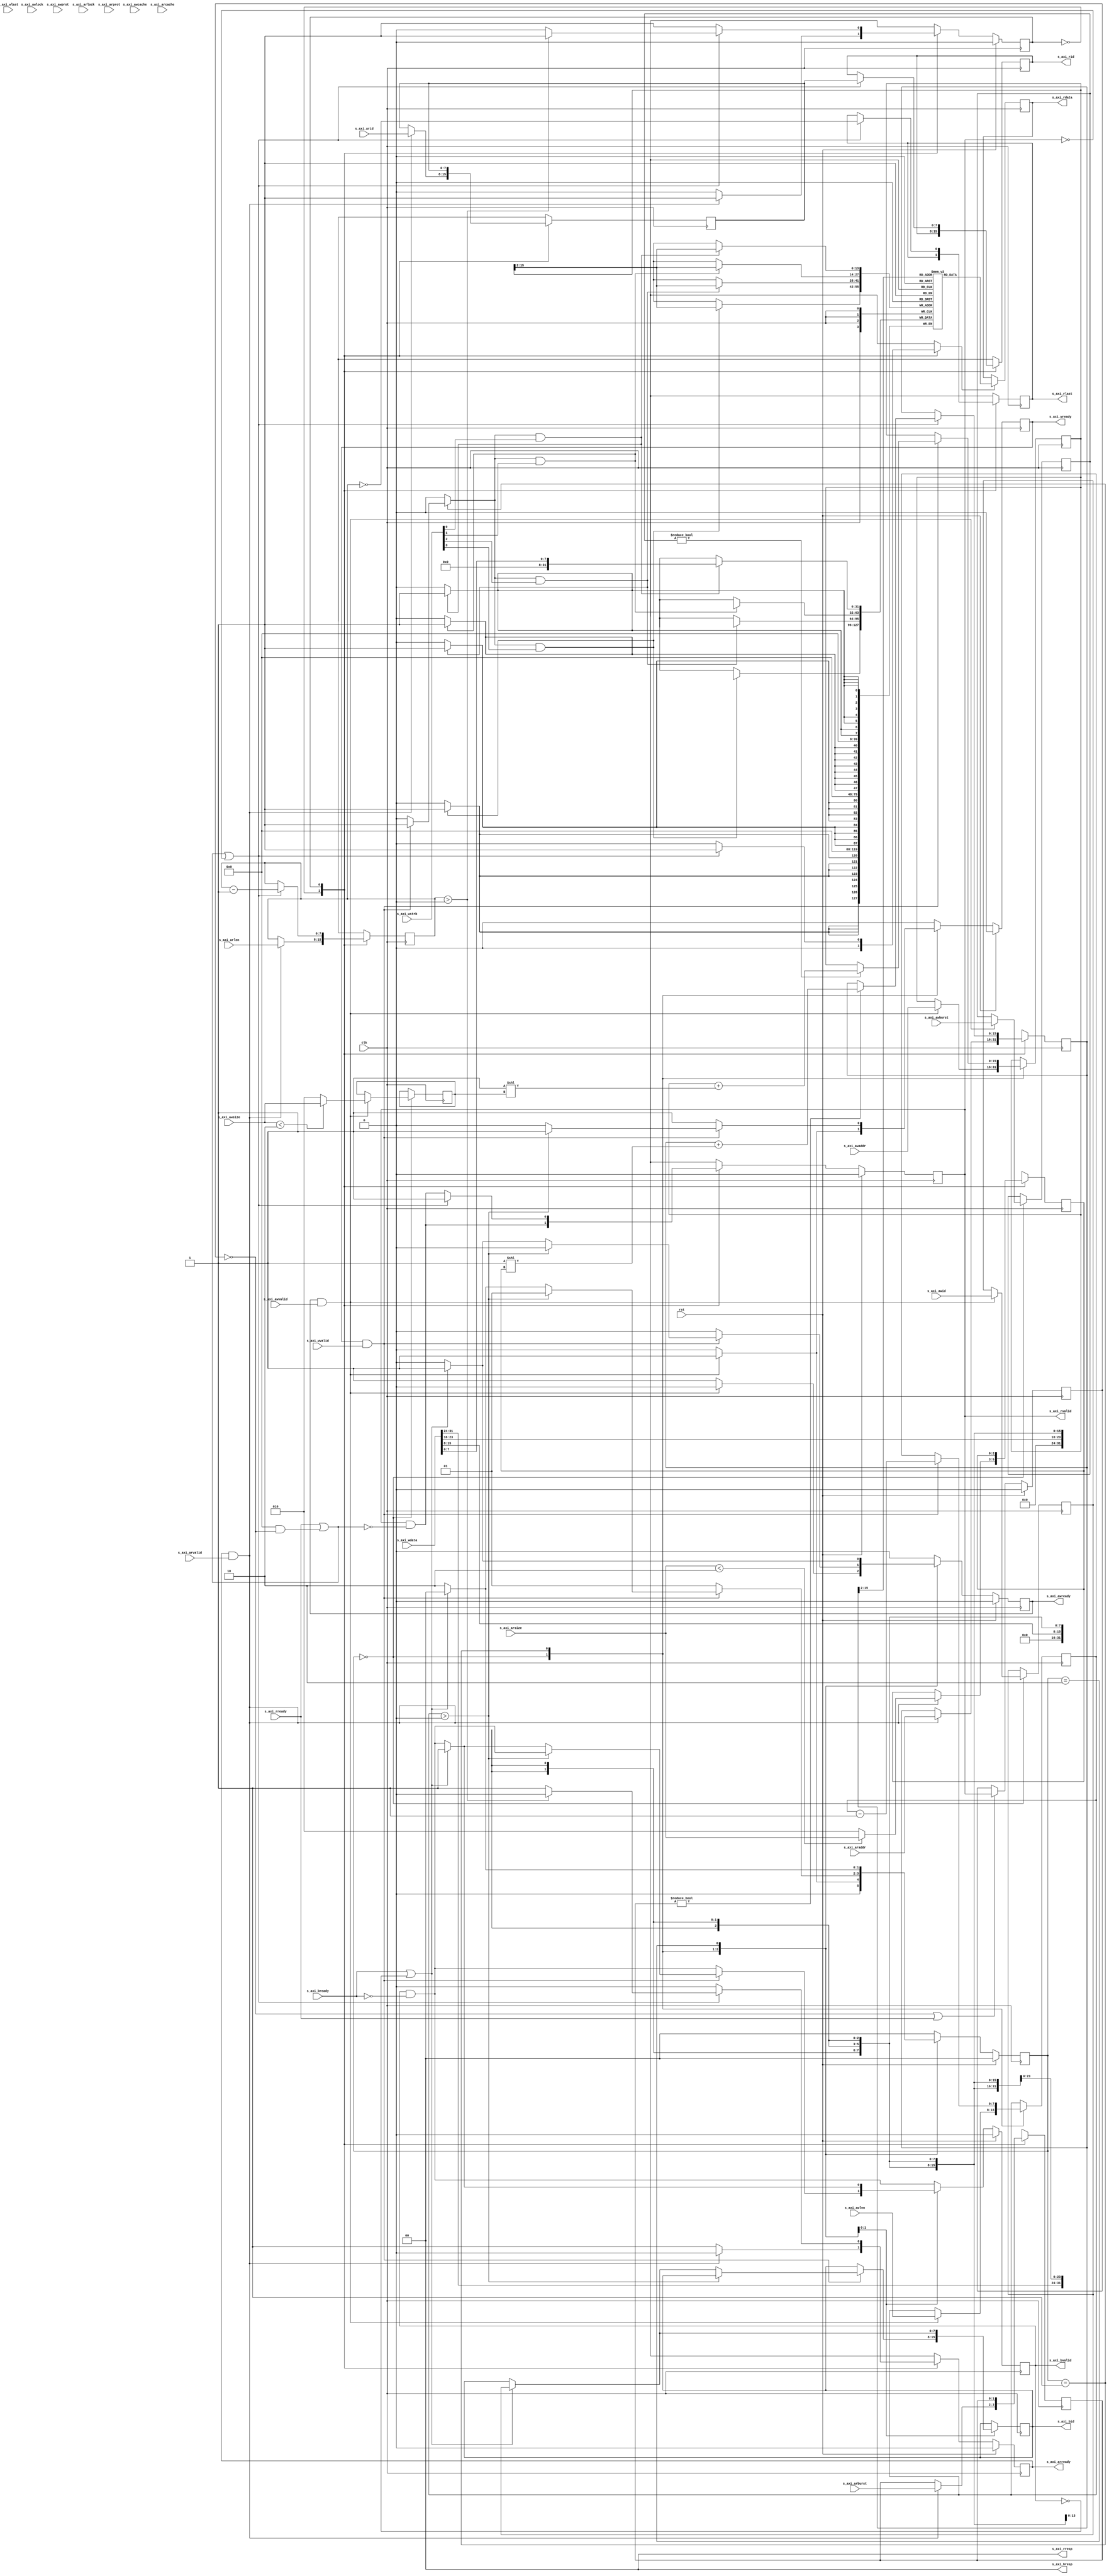
// This program was cloned from: https://github.com/YosysHQ/riscv-formal
// License: ISC License

// Modified to comment out the timescale directive
/*

Copyright (c) 2018 Alex Forencich

Permission is hereby granted, free of charge, to any person obtaining a copy
of this software and associated documentation files (the "Software"), to deal
in the Software without restriction, including without limitation the rights
to use, copy, modify, merge, publish, distribute, sublicense, and/or sell
copies of the Software, and to permit persons to whom the Software is
furnished to do so, subject to the following conditions:

The above copyright notice and this permission notice shall be included in
all copies or substantial portions of the Software.

THE SOFTWARE IS PROVIDED "AS IS", WITHOUT WARRANTY OF ANY KIND, EXPRESS OR
IMPLIED, INCLUDING BUT NOT LIMITED TO THE WARRANTIES OF MERCHANTABILITY
FITNESS FOR A PARTICULAR PURPOSE AND NONINFRINGEMENT. IN NO EVENT SHALL THE
AUTHORS OR COPYRIGHT HOLDERS BE LIABLE FOR ANY CLAIM, DAMAGES OR OTHER
LIABILITY, WHETHER IN AN ACTION OF CONTRACT, TORT OR OTHERWISE, ARISING FROM,
OUT OF OR IN CONNECTION WITH THE SOFTWARE OR THE USE OR OTHER DEALINGS IN
THE SOFTWARE.

*/

// Language: Verilog 2001

`resetall
// `timescale 1ns / 1ps
`default_nettype none

/*
 * AXI4 RAM
 */
module axi_ram #
(
    // Width of data bus in bits
    parameter DATA_WIDTH = 32,
    // Width of address bus in bits
    parameter ADDR_WIDTH = 16,
    // Width of wstrb (width of data bus in words)
    parameter STRB_WIDTH = (DATA_WIDTH/8),
    // Width of ID signal
    parameter ID_WIDTH = 8,
    // Extra pipeline register on output
    parameter PIPELINE_OUTPUT = 0
)
(
    input  wire                   clk,
    input  wire                   rst,

    input  wire [ID_WIDTH-1:0]    s_axi_awid,
    input  wire [ADDR_WIDTH-1:0]  s_axi_awaddr,
    input  wire [7:0]             s_axi_awlen,
    input  wire [2:0]             s_axi_awsize,
    input  wire [1:0]             s_axi_awburst,
    input  wire                   s_axi_awlock,
    input  wire [3:0]             s_axi_awcache,
    input  wire [2:0]             s_axi_awprot,
    input  wire                   s_axi_awvalid,
    output wire                   s_axi_awready,
    input  wire [DATA_WIDTH-1:0]  s_axi_wdata,
    input  wire [STRB_WIDTH-1:0]  s_axi_wstrb,
    input  wire                   s_axi_wlast,
    input  wire                   s_axi_wvalid,
    output wire                   s_axi_wready,
    output wire [ID_WIDTH-1:0]    s_axi_bid,
    output wire [1:0]             s_axi_bresp,
    output wire                   s_axi_bvalid,
    input  wire                   s_axi_bready,
    input  wire [ID_WIDTH-1:0]    s_axi_arid,
    input  wire [ADDR_WIDTH-1:0]  s_axi_araddr,
    input  wire [7:0]             s_axi_arlen,
    input  wire [2:0]             s_axi_arsize,
    input  wire [1:0]             s_axi_arburst,
    input  wire                   s_axi_arlock,
    input  wire [3:0]             s_axi_arcache,
    input  wire [2:0]             s_axi_arprot,
    input  wire                   s_axi_arvalid,
    output wire                   s_axi_arready,
    output wire [ID_WIDTH-1:0]    s_axi_rid,
    output wire [DATA_WIDTH-1:0]  s_axi_rdata,
    output wire [1:0]             s_axi_rresp,
    output wire                   s_axi_rlast,
    output wire                   s_axi_rvalid,
    input  wire                   s_axi_rready
);

parameter VALID_ADDR_WIDTH = ADDR_WIDTH - $clog2(STRB_WIDTH);
parameter WORD_WIDTH = STRB_WIDTH;
parameter WORD_SIZE = DATA_WIDTH/WORD_WIDTH;

// bus width assertions
initial begin
    if (WORD_SIZE * STRB_WIDTH != DATA_WIDTH) begin
        $error("Error: AXI data width not evenly divisble (instance %m)");
        $finish;
    end

    if (2**$clog2(WORD_WIDTH) != WORD_WIDTH) begin
        $error("Error: AXI word width must be even power of two (instance %m)");
        $finish;
    end
end

localparam [0:0]
    READ_STATE_IDLE = 1'd0,
    READ_STATE_BURST = 1'd1;

reg [0:0] read_state_reg = READ_STATE_IDLE, read_state_next;

localparam [1:0]
    WRITE_STATE_IDLE = 2'd0,
    WRITE_STATE_BURST = 2'd1,
    WRITE_STATE_RESP = 2'd2;

reg [1:0] write_state_reg = WRITE_STATE_IDLE, write_state_next;

reg mem_wr_en;
reg mem_rd_en;

reg [ID_WIDTH-1:0] read_id_reg = {ID_WIDTH{1'b0}}, read_id_next;
reg [ADDR_WIDTH-1:0] read_addr_reg = {ADDR_WIDTH{1'b0}}, read_addr_next;
reg [7:0] read_count_reg = 8'd0, read_count_next;
reg [2:0] read_size_reg = 3'd0, read_size_next;
reg [1:0] read_burst_reg = 2'd0, read_burst_next;
reg [ID_WIDTH-1:0] write_id_reg = {ID_WIDTH{1'b0}}, write_id_next;
reg [ADDR_WIDTH-1:0] write_addr_reg = {ADDR_WIDTH{1'b0}}, write_addr_next;
reg [7:0] write_count_reg = 8'd0, write_count_next;
reg [2:0] write_size_reg = 3'd0, write_size_next;
reg [1:0] write_burst_reg = 2'd0, write_burst_next;

reg s_axi_awready_reg = 1'b0, s_axi_awready_next;
reg s_axi_wready_reg = 1'b0, s_axi_wready_next;
reg [ID_WIDTH-1:0] s_axi_bid_reg = {ID_WIDTH{1'b0}}, s_axi_bid_next;
reg s_axi_bvalid_reg = 1'b0, s_axi_bvalid_next;
reg s_axi_arready_reg = 1'b0, s_axi_arready_next;
reg [ID_WIDTH-1:0] s_axi_rid_reg = {ID_WIDTH{1'b0}}, s_axi_rid_next;
reg [DATA_WIDTH-1:0] s_axi_rdata_reg = {DATA_WIDTH{1'b0}}, s_axi_rdata_next;
reg s_axi_rlast_reg = 1'b0, s_axi_rlast_next;
reg s_axi_rvalid_reg = 1'b0, s_axi_rvalid_next;
reg [ID_WIDTH-1:0] s_axi_rid_pipe_reg = {ID_WIDTH{1'b0}};
reg [DATA_WIDTH-1:0] s_axi_rdata_pipe_reg = {DATA_WIDTH{1'b0}};
reg s_axi_rlast_pipe_reg = 1'b0;
reg s_axi_rvalid_pipe_reg = 1'b0;

// (* RAM_STYLE="BLOCK" *)
reg [DATA_WIDTH-1:0] mem[(2**VALID_ADDR_WIDTH)-1:0];

wire [VALID_ADDR_WIDTH-1:0] s_axi_awaddr_valid = s_axi_awaddr >> (ADDR_WIDTH - VALID_ADDR_WIDTH);
wire [VALID_ADDR_WIDTH-1:0] s_axi_araddr_valid = s_axi_araddr >> (ADDR_WIDTH - VALID_ADDR_WIDTH);
wire [VALID_ADDR_WIDTH-1:0] read_addr_valid = read_addr_reg >> (ADDR_WIDTH - VALID_ADDR_WIDTH);
wire [VALID_ADDR_WIDTH-1:0] write_addr_valid = write_addr_reg >> (ADDR_WIDTH - VALID_ADDR_WIDTH);

assign s_axi_awready = s_axi_awready_reg;
assign s_axi_wready = s_axi_wready_reg;
assign s_axi_bid = s_axi_bid_reg;
assign s_axi_bresp = 2'b00;
assign s_axi_bvalid = s_axi_bvalid_reg;
assign s_axi_arready = s_axi_arready_reg;
assign s_axi_rid = PIPELINE_OUTPUT ? s_axi_rid_pipe_reg : s_axi_rid_reg;
assign s_axi_rdata = PIPELINE_OUTPUT ? s_axi_rdata_pipe_reg : s_axi_rdata_reg;
assign s_axi_rresp = 2'b00;
assign s_axi_rlast = PIPELINE_OUTPUT ? s_axi_rlast_pipe_reg : s_axi_rlast_reg;
assign s_axi_rvalid = PIPELINE_OUTPUT ? s_axi_rvalid_pipe_reg : s_axi_rvalid_reg;

integer i, j;

initial begin
    // two nested loops for smaller number of iterations per loop
    // workaround for synthesizer complaints about large loop counts
    for (i = 0; i < 2**VALID_ADDR_WIDTH; i = i + 2**(VALID_ADDR_WIDTH/2)) begin
        for (j = i; j < i + 2**(VALID_ADDR_WIDTH/2); j = j + 1) begin
            mem[j] = 0;
        end
    end
end

always @* begin
    write_state_next = WRITE_STATE_IDLE;

    mem_wr_en = 1'b0;

    write_id_next = write_id_reg;
    write_addr_next = write_addr_reg;
    write_count_next = write_count_reg;
    write_size_next = write_size_reg;
    write_burst_next = write_burst_reg;

    s_axi_awready_next = 1'b0;
    s_axi_wready_next = 1'b0;
    s_axi_bid_next = s_axi_bid_reg;
    s_axi_bvalid_next = s_axi_bvalid_reg && !s_axi_bready;

    case (write_state_reg)
        WRITE_STATE_IDLE: begin
            s_axi_awready_next = 1'b1;

            if (s_axi_awready && s_axi_awvalid) begin
                write_id_next = s_axi_awid;
                write_addr_next = s_axi_awaddr;
                write_count_next = s_axi_awlen;
                write_size_next = s_axi_awsize < $clog2(STRB_WIDTH) ? s_axi_awsize : $clog2(STRB_WIDTH);
                write_burst_next = s_axi_awburst;

                s_axi_awready_next = 1'b0;
                s_axi_wready_next = 1'b1;
                write_state_next = WRITE_STATE_BURST;
            end else begin
                write_state_next = WRITE_STATE_IDLE;
            end
        end
        WRITE_STATE_BURST: begin
            s_axi_wready_next = 1'b1;

            if (s_axi_wready && s_axi_wvalid) begin
                mem_wr_en = 1'b1;
                if (write_burst_reg != 2'b00) begin
                    write_addr_next = write_addr_reg + (1 << write_size_reg);
                end
                write_count_next = write_count_reg - 1;
                if (write_count_reg > 0) begin
                    write_state_next = WRITE_STATE_BURST;
                end else begin
                    s_axi_wready_next = 1'b0;
                    if (s_axi_bready || !s_axi_bvalid) begin
                        s_axi_bid_next = write_id_reg;
                        s_axi_bvalid_next = 1'b1;
                        s_axi_awready_next = 1'b1;
                        write_state_next = WRITE_STATE_IDLE;
                    end else begin
                        write_state_next = WRITE_STATE_RESP;
                    end
                end
            end else begin
                write_state_next = WRITE_STATE_BURST;
            end
        end
        WRITE_STATE_RESP: begin
            if (s_axi_bready || !s_axi_bvalid) begin
                s_axi_bid_next = write_id_reg;
                s_axi_bvalid_next = 1'b1;
                s_axi_awready_next = 1'b1;
                write_state_next = WRITE_STATE_IDLE;
            end else begin
                write_state_next = WRITE_STATE_RESP;
            end
        end
    endcase
end

always @(posedge clk) begin
    write_state_reg <= write_state_next;

    write_id_reg <= write_id_next;
    write_addr_reg <= write_addr_next;
    write_count_reg <= write_count_next;
    write_size_reg <= write_size_next;
    write_burst_reg <= write_burst_next;

    s_axi_awready_reg <= s_axi_awready_next;
    s_axi_wready_reg <= s_axi_wready_next;
    s_axi_bid_reg <= s_axi_bid_next;
    s_axi_bvalid_reg <= s_axi_bvalid_next;

    for (i = 0; i < WORD_WIDTH; i = i + 1) begin
        if (mem_wr_en & s_axi_wstrb[i]) begin
            mem[write_addr_valid][WORD_SIZE*i +: WORD_SIZE] <= s_axi_wdata[WORD_SIZE*i +: WORD_SIZE];
        end
    end

    if (rst) begin
        write_state_reg <= WRITE_STATE_IDLE;

        s_axi_awready_reg <= 1'b0;
        s_axi_wready_reg <= 1'b0;
        s_axi_bvalid_reg <= 1'b0;
    end
end

always @* begin
    read_state_next = READ_STATE_IDLE;

    mem_rd_en = 1'b0;

    s_axi_rid_next = s_axi_rid_reg;
    s_axi_rlast_next = s_axi_rlast_reg;
    s_axi_rvalid_next = s_axi_rvalid_reg && !(s_axi_rready || (PIPELINE_OUTPUT && !s_axi_rvalid_pipe_reg));

    read_id_next = read_id_reg;
    read_addr_next = read_addr_reg;
    read_count_next = read_count_reg;
    read_size_next = read_size_reg;
    read_burst_next = read_burst_reg;

    s_axi_arready_next = 1'b0;

    case (read_state_reg)
        READ_STATE_IDLE: begin
            s_axi_arready_next = 1'b1;

            if (s_axi_arready && s_axi_arvalid) begin
                read_id_next = s_axi_arid;
                read_addr_next = s_axi_araddr;
                read_count_next = s_axi_arlen;
                read_size_next = s_axi_arsize < $clog2(STRB_WIDTH) ? s_axi_arsize : $clog2(STRB_WIDTH);
                read_burst_next = s_axi_arburst;

                s_axi_arready_next = 1'b0;
                read_state_next = READ_STATE_BURST;
            end else begin
                read_state_next = READ_STATE_IDLE;
            end
        end
        READ_STATE_BURST: begin
            if (s_axi_rready || (PIPELINE_OUTPUT && !s_axi_rvalid_pipe_reg) || !s_axi_rvalid_reg) begin
                mem_rd_en = 1'b1;
                s_axi_rvalid_next = 1'b1;
                s_axi_rid_next = read_id_reg;
                s_axi_rlast_next = read_count_reg == 0;
                if (read_burst_reg != 2'b00) begin
                    read_addr_next = read_addr_reg + (1 << read_size_reg);
                end
                read_count_next = read_count_reg - 1;
                if (read_count_reg > 0) begin
                    read_state_next = READ_STATE_BURST;
                end else begin
                    s_axi_arready_next = 1'b1;
                    read_state_next = READ_STATE_IDLE;
                end
            end else begin
                read_state_next = READ_STATE_BURST;
            end
        end
    endcase
end

always @(posedge clk) begin
    read_state_reg <= read_state_next;

    read_id_reg <= read_id_next;
    read_addr_reg <= read_addr_next;
    read_count_reg <= read_count_next;
    read_size_reg <= read_size_next;
    read_burst_reg <= read_burst_next;

    s_axi_arready_reg <= s_axi_arready_next;
    s_axi_rid_reg <= s_axi_rid_next;
    s_axi_rlast_reg <= s_axi_rlast_next;
    s_axi_rvalid_reg <= s_axi_rvalid_next;

    if (mem_rd_en) begin
        s_axi_rdata_reg <= mem[read_addr_valid];
    end

    if (!s_axi_rvalid_pipe_reg || s_axi_rready) begin
        s_axi_rid_pipe_reg <= s_axi_rid_reg;
        s_axi_rdata_pipe_reg <= s_axi_rdata_reg;
        s_axi_rlast_pipe_reg <= s_axi_rlast_reg;
        s_axi_rvalid_pipe_reg <= s_axi_rvalid_reg;
    end

    if (rst) begin
        read_state_reg <= READ_STATE_IDLE;

        s_axi_arready_reg <= 1'b0;
        s_axi_rvalid_reg <= 1'b0;
        s_axi_rvalid_pipe_reg <= 1'b0;
    end
end

endmodule

`resetall